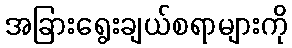
အခြားရွေးချယ်စရာများကို